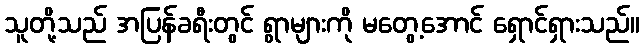
သူတို့သည် အပြန်ခရီးတွင် ရွာများကို မတွေ့အောင် ရှောင်ရှားသည်။